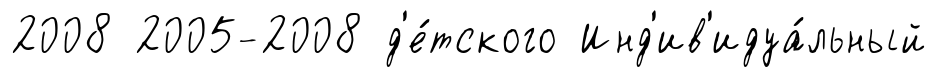
2008 2005-2008 д'е́тского Инд'ив'идуа́льный